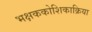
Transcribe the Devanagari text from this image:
भक्षककोशिकाक्रिया